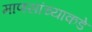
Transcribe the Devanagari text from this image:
माणसांच्याकडे